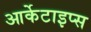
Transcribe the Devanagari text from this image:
आर्केटाइप्स